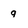
Character: g